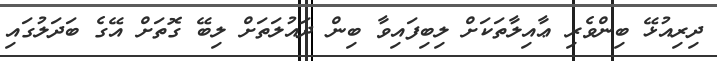
ދިރިއުޅޭ ބިންވެރި ޢާއިލާތަކަށް ލިބިފައިވާ ބިން ދައުލަތަށް ލިބޭ ގޮތަށް އޭގެ ބަދަލުގައި